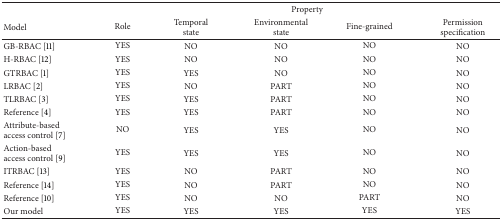
<table><thead><tr><td><b> </b></td><td colspan="5"><b>Property</b></td></tr><tr><td><b>Model</b></td><td><b>Role</b></td><td><b>Temporal state</b></td><td><b>Environmentalstate</b></td><td><b>Fine-grained</b></td><td><b>Permission specification</b></td></tr></thead><tbody><tr><td>GB-RBAC [11]</td><td>YES</td><td>NO</td><td>NO</td><td>NO</td><td>NO</td></tr><tr><td>H-RBAC [12]</td><td>YES</td><td>NO</td><td>NO</td><td>NO</td><td>NO</td></tr><tr><td>GTRBAC [1]</td><td>YES</td><td>YES</td><td>NO</td><td>NO</td><td>NO</td></tr><tr><td>LRBAC [2]</td><td>YES</td><td>NO</td><td>PART</td><td>NO</td><td>NO</td></tr><tr><td>TLRBAC [3]</td><td>YES</td><td>YES</td><td>PART</td><td>NO</td><td>NO</td></tr><tr><td>Reference [4]</td><td>YES</td><td>YES</td><td>PART</td><td>NO</td><td>NO</td></tr><tr><td>Attribute-based access control [7]</td><td>NO</td><td>YES</td><td>YES</td><td>NO</td><td>NO</td></tr><tr><td>Action-based access control [9]</td><td>YES</td><td>YES</td><td>YES</td><td>NO</td><td>NO</td></tr><tr><td>ITRBAC [13]</td><td>YES</td><td>NO</td><td>PART</td><td>NO</td><td>NO</td></tr><tr><td>Reference [14]</td><td>YES</td><td>NO</td><td>PART</td><td>NO</td><td>NO</td></tr><tr><td>Reference [10]</td><td>YES</td><td>NO</td><td>NO</td><td>PART</td><td>NO</td></tr><tr><td>Our model</td><td>YES</td><td>YES</td><td>YES</td><td>YES</td><td>YES</td></tr></tbody></table>